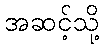
အဆင့်သို့